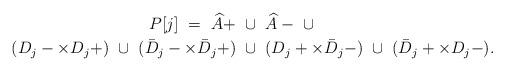
LaTeX: \begin{align*}P[j] \ = \ \widehat{A}+ \ &\cup \ \widehat{A}- \ \cup\\(D_j- \times D_j+) \ \cup \ (\bar D_j- \times \bar D_j+) \ &\cup \ (D_j+ \times \bar D_j-) \ \cup \ (\bar D_j+ \times D_j-). \end{align*}